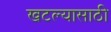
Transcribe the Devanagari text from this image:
खटल्यासाठी